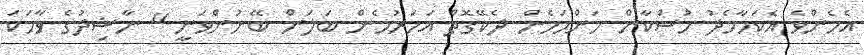
އެހެންވެ އެކަމާމެދު މުސްކާން މަންމަމެން ދެކޭގޮތް އަހަރުމެން ބަލަން ބޭނުންވަނީ." ނާޝިދުގެ ވާހަކަ